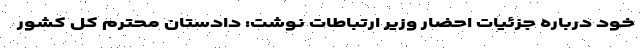
خود درباره جزئیات احضار وزیر ارتباطات نوشت: دادستان محترم کل کشور